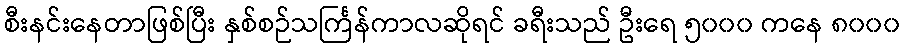
စီးနင်းနေတာဖြစ်ပြီး နှစ်စဉ်သင်္ကြန်ကာလဆိုရင် ခရီးသည် ဦးရေ ၅၀၀၀ ကနေ ၈၀၀၀